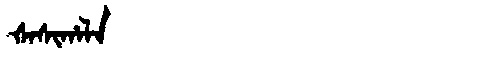
Manchu: ᡧᠠᠰᡳᡥᠠᠯᠠ
Romanization: ŠASIHALA